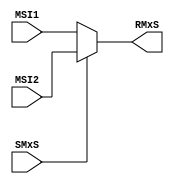
`timescale 1ns/1ns

//1- Module y Puertos 1/0
module MxSDP (
		
		//Entradas
		input [4:0]MSI1,
		input [4:0]MSI2,
		input SMxS,
		//Salidas
		output reg[4:0]RMxS

);

//2- Delcaracion de seales --> NA(No aplica)

//3- Cuerpo del modulo

//Case 0 = MSI1
//Case 1 = MSI2

//Bloque Always
always @* RMxS = SMxS ? MSI2:MSI1;

endmodule